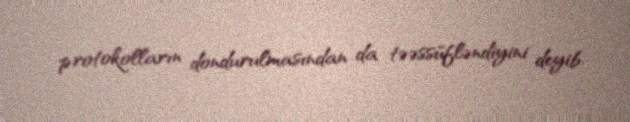
protokolların dondurulmasından da təəssüfləndiyini deyib.